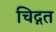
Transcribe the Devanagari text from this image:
चिद्गत